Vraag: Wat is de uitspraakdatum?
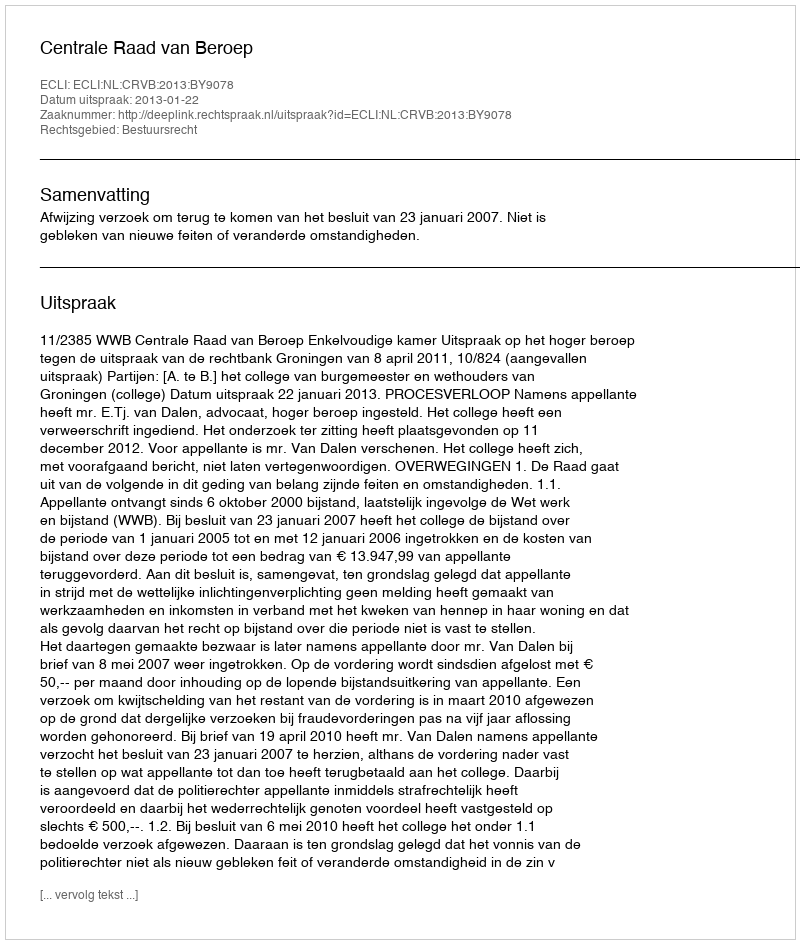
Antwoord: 2013-01-22